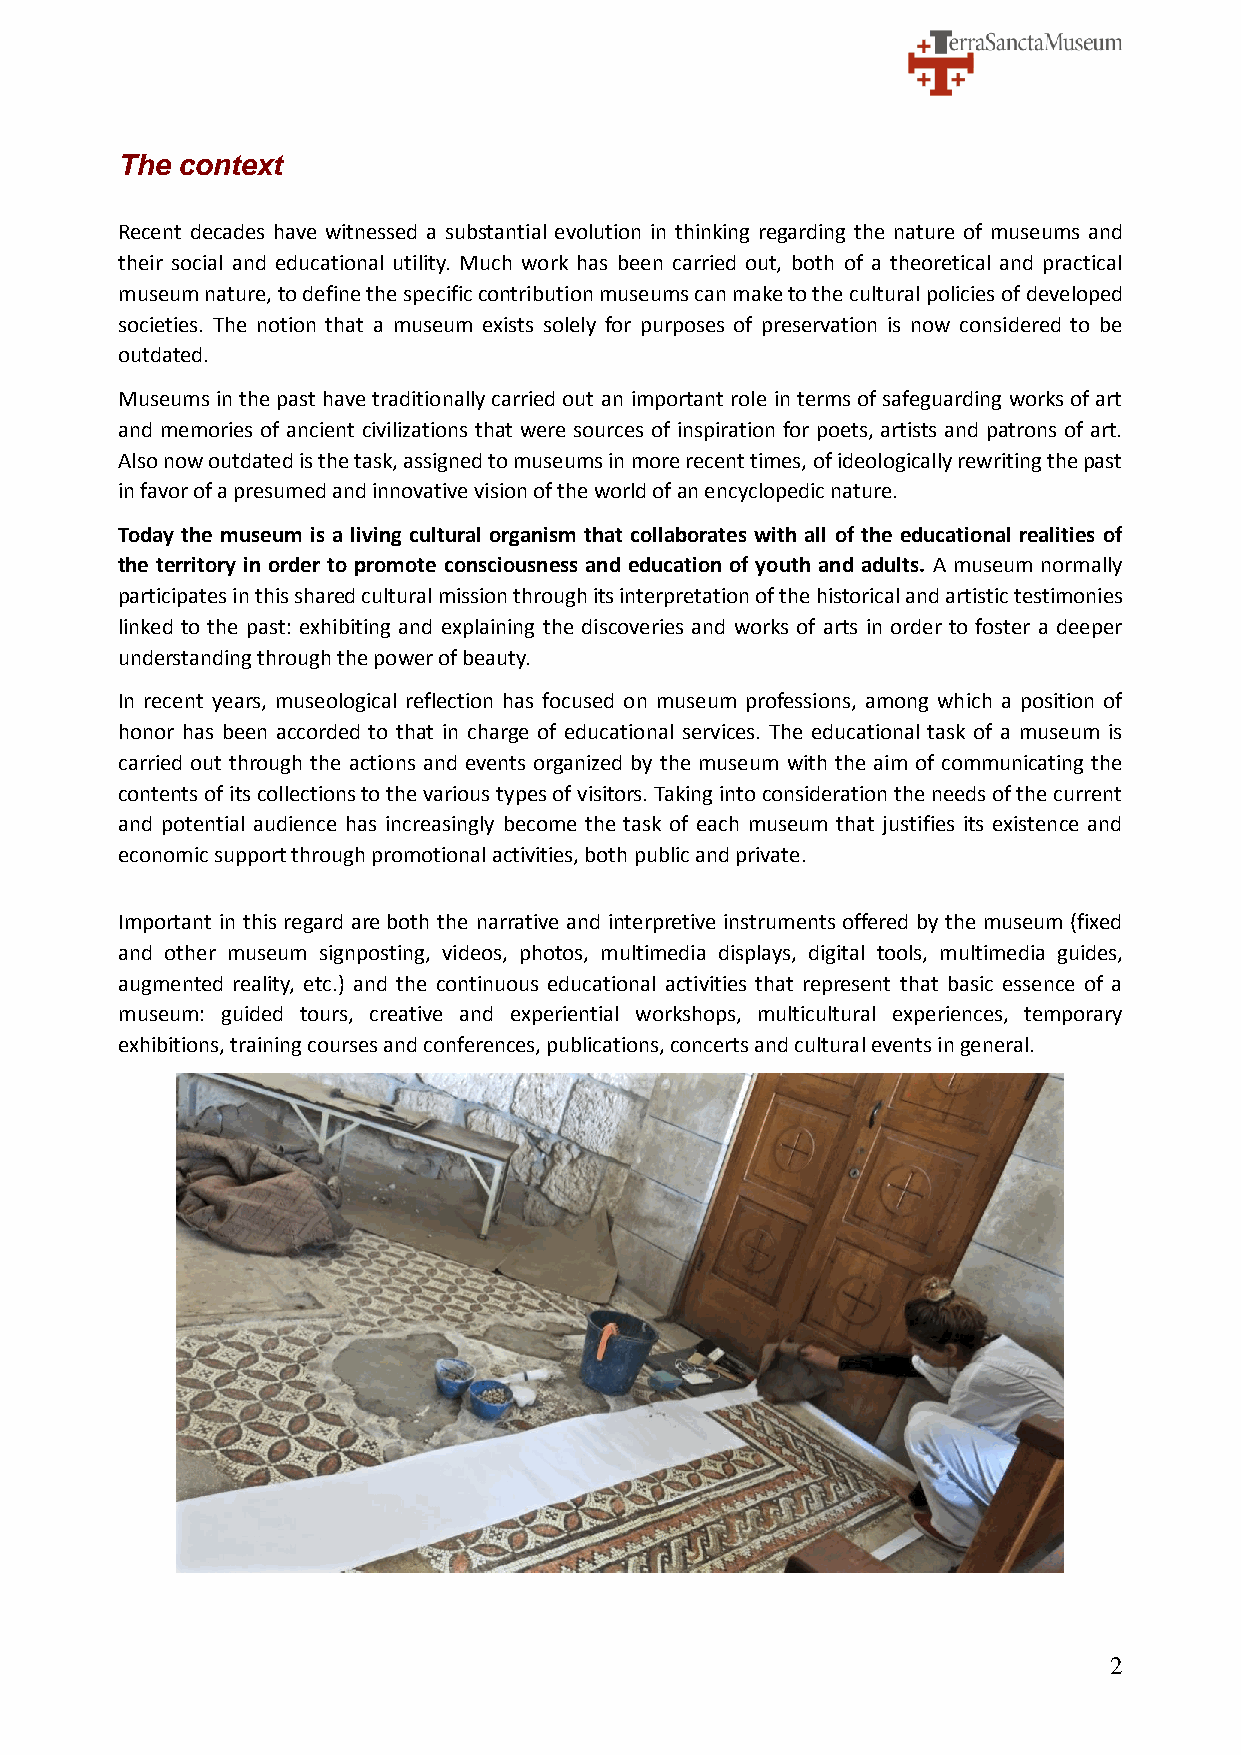
The context
 Recent decades have witnessed a substantial evolution in thinking regarding the nature of museums and
 their social and educational utility. Much work has been carried out, both of a theoretical and practical
 museum nature, to define the specific contribution museums can make to the cultural policies of developed
 societies. The notion that a museum exists solely for purposes of preservation is now considered to be
 outdated.
 Museums in the past have traditionally carried out an important role in terms of safeguarding works of art
 and memories of ancient civilizations that were sources of inspiration for poets, artists and patrons of art.
 Also now outdated is the task, assigned to museums in more recent times, of ideologically rewriting the past
 in favor of a presumed and innovative vision of the world of an encyclopedic nature.
 Today the museum is a living cultural organism that collaborates with all of the educational realities of
 the territory in order to promote consciousness and education of youth and adults. A museum normally
 participates in this shared cultural mission through its interpretation of the historical and artistic testimonies
 linked to the past: exhibiting and explaining the discoveries and works of arts in order to foster a deeper
 understanding through the power of beauty.
 In recent years, museological reflection has focused on museum professions, among which a position of
 honor has been accorded to that in charge of educational services. The educational task of a museum is
 carried out through the actions and events organized by the museum with the aim of communicating the
 contents of its collections to the various types of visitors. Taking into consideration the needs of the current
 and potential audience has increasingly become the task of each museum that justifies its existence and
 economic support through promotional activities, both public and private.
 Important in this regard are both the narrative and interpretive instruments offered by the museum (fixed
 and other museum signposting, videos, photos, multimedia displays, digital tools, multimedia guides,
 augmented reality, etc.) and the continuous educational activities that represent that basic essence of a
 museum: guided tours, creative and experiential workshops, multicultural experiences, temporary
 exhibitions, training courses and conferences, publications, concerts and cultural events in general.
 2